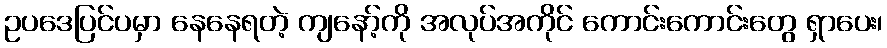
ဥပဒေပြင်ပမှာ နေနေရတဲ့ ကျနော့်ကို အလုပ်အကိုင် ကောင်းကောင်းတွေ ရှာပေး၊